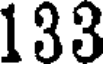
133